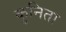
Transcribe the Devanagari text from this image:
कुनिता